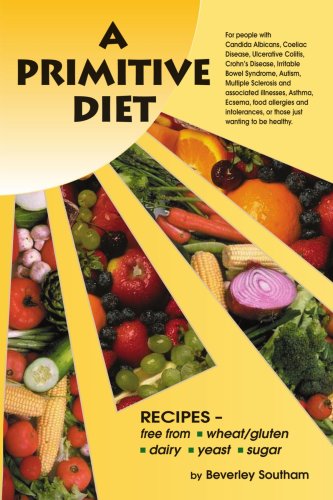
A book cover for A Primitive Diet: A Book of Recipes free from Wheat/Gluten, Dairy Products, Yeast and Sugar: For people with Candidiasis, Coeliac Disease, Irritable ... and those just wanting to become healthy; Beverley Southam; Health, Fitness & Dieting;